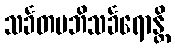
သင်္ခတမဘိသင်္ခရောန္တိ